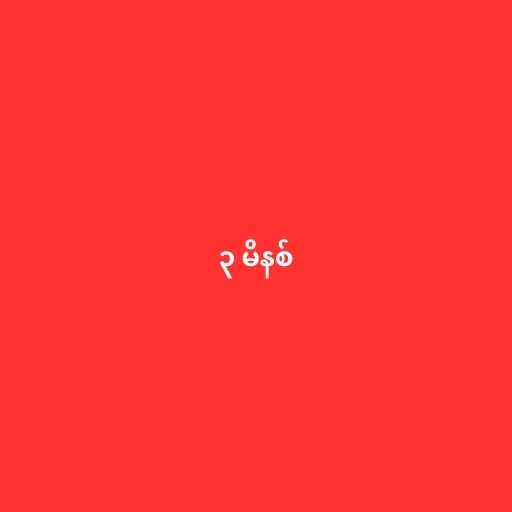
၃ မိနစ်